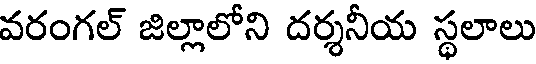
వరంగల్ జిల్లాలోని దర్శనీయ స్థలాలు